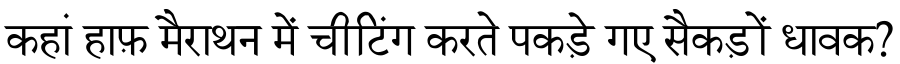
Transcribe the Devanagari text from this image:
कहां हाफ़ मैराथन में चीटिंग करते पकड़े गए सैकड़ों धावक?